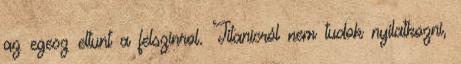
az egesz eltunt a felszinrol. Titanicról nem tudok nyilatkozni,